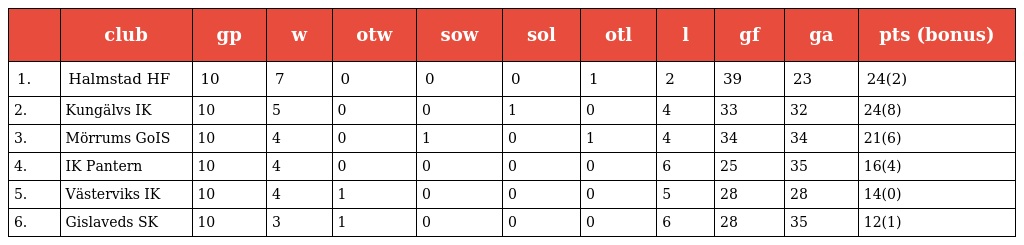
|  | club | gp | w | otw | sow | sol | otl | l | gf | ga | pts (bonus) |
 | --- | --- | --- | --- | --- | --- | --- | --- | --- | --- | --- | --- |
 | 1. | Halmstad HF | 10 | 7 | 0 | 0 | 0 | 1 | 2 | 39 | 23 | 24(2) |
 | 2. | Kungälvs IK | 10 | 5 | 0 | 0 | 1 | 0 | 4 | 33 | 32 | 24(8) |
 | 3. | Mörrums GoIS | 10 | 4 | 0 | 1 | 0 | 1 | 4 | 34 | 34 | 21(6) |
 | 4. | IK Pantern | 10 | 4 | 0 | 0 | 0 | 0 | 6 | 25 | 35 | 16(4) |
 | 5. | Västerviks IK | 10 | 4 | 1 | 0 | 0 | 0 | 5 | 28 | 28 | 14(0) |
 | 6. | Gislaveds SK | 10 | 3 | 1 | 0 | 0 | 0 | 6 | 28 | 35 | 12(1) |